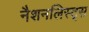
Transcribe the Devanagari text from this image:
नैशनलिस्ट्स